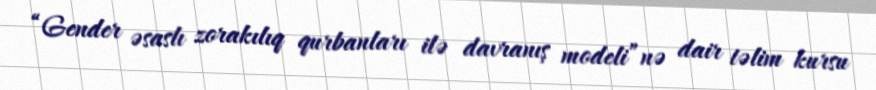
“Gender əsaslı zorakılıq qurbanları ilə davranış modeli”nə dair təlim kursu